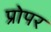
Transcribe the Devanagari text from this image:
प्रोपर